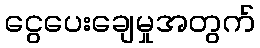
ငွေပေးချေမှုအတွက်